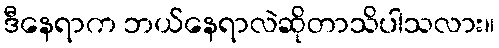
ဒီနေရာက ဘယ်နေရာလဲဆိုတာသိပါသလား။